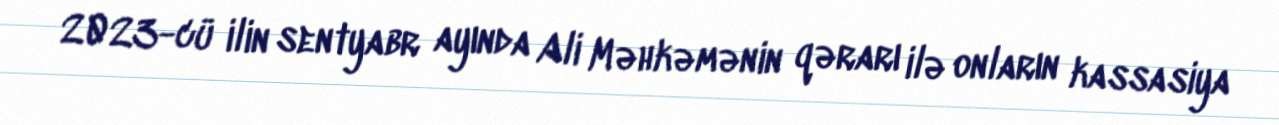
2023-cü ilin sentyabr ayında Ali Məhkəmənin qərarı ilə onların kassasiya